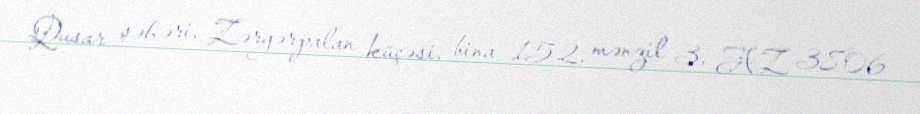
Qusar şəhəri, Zərgərpalan küçəsi, bina 152, mənzil 3, AZ 3806